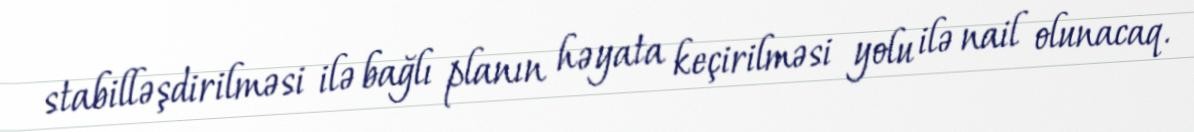
stabilləşdirilməsi ilə bağlı planın həyata keçirilməsi yolu ilə nail olunacaq.